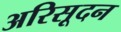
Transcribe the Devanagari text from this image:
अरिसूदन